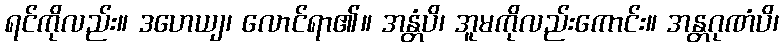
ရင်ကိုလည်း။ ဒဟေယျ၊ လောင်ရာ၏။ အန္တံပိ၊ အူမကိုလည်းကောင်း။ အန္တဂုဏံပိ၊